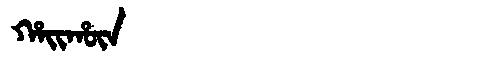
Manchu: ᡥᠠᡳᡥᡡᠨ
Romanization: HAIHŪN